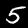
Digit: 5